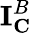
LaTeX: \mathbf{I}_{\mathbf{C}}^{B}